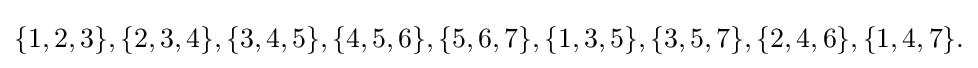
{\textstyle \{1,2,3\},\{2,3,4\},\{3,4,5\},\{4,5,6\},\{5,6,7\},\{1,3,5\},\{3,5,7\},\{2,4,6\},\{1,4,7\}.}